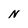
Character: N